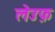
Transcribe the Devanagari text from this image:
लेउफ़